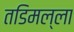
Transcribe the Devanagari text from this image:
तडिमल्ला